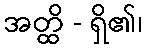
အတ္ထိ - ရှိ၏၊